Civil Veterinary Department Bengal reports 1923-33 - 1923-1933
Year: 1923
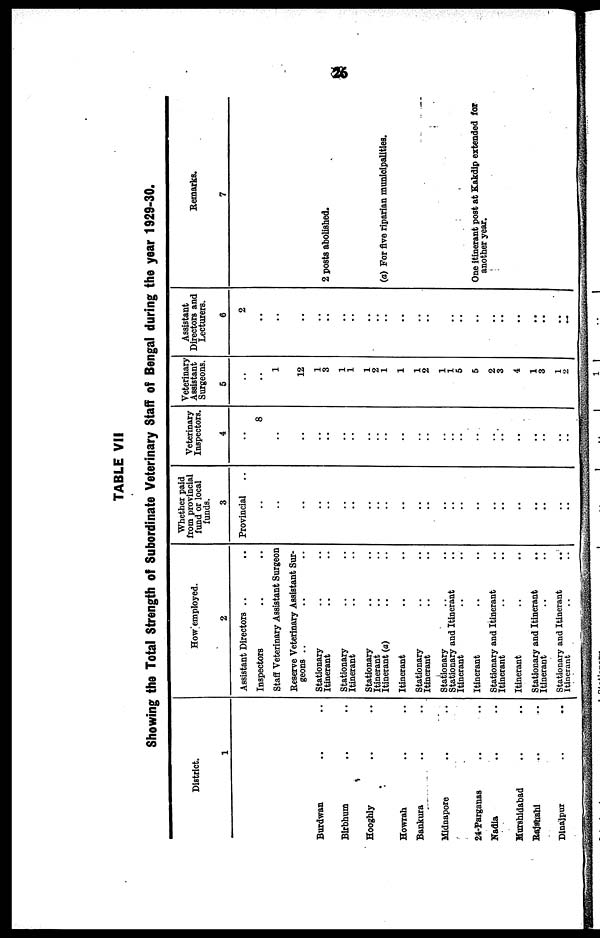
26
TABLE VII
Showing the Total Strength off Subordinate Veterinary Staff of Bengal during the year 1929-30.
District.
1
Burdwan .. ..
Birbhum .. ..
Hooghly .. ..
Howrah .. ..
Bankura .. ..
Midnapore .. ..
24-Parganas .. ..
Nadia .. ..
Murshidabad .. ..
Rajshahi .. ..
Dinajpur .. ..
How employed.
2
Assistant Directors .. ..
Inspectors .. ..
Staff Veterinary Assistant Surgeon
Reserve Veterinary Assistant Sur-
geons .. .. .. ..
Stationary .. ..
Itinerant .. ..
Stationary .. ..
Itinerant .. ..
Stationary .. ..
Itinerant .. ..
Itinerant (a) .. ..
Itinerant .. ..
Stationary .. ..
Itinerant .. ..
Stationary .. ..
Stationary and Itinerant .. ..
Itinerant .. ..
Itinerant .. ..
Stationary and Itinerant .. ..
Itinerant .. ..
Itinerant .. ..
Stationary and Itinerant .. ..
Itinerant .. ..
Stationary and Itinerant .. ..
Itinerant .. ..
Whether paid
from provincial
fund or local
funds.
3
Provincial..
..
..
..
..
..
..
..
..
..
..
..
..
..
..
..
..
..
.. ..
..
..
..
..
..
..
Veterinary
Inspectors.
4
..
8
..
..
..
..
..
..
..
..
..
..
..
..
..
..
..
..
.. ..
..
..
..
..
..
..
Veterinary
Assistant
Surgeons.
5
..
..
1
..
12
1
3
1
1
1
2
1
1
1
2
1
1
5
5
2
3
4
1
3
1
2
Assistant
Directors and
Lecturers.
6
2
..
..
..
..
..
..
..
..
..
..
..
..
..
..
..
..
..
..
.. ..
..
..
..
..
..
Remarks.
7
2 posts abolished.
(a) For five riparian municipalities.
One itinerant post at Kakdip extended for
another year.